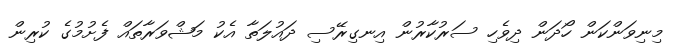
މިނިވަންކަން ހޯދަން ދިވެހި ސަރުކާރުން އިނގިރޭސި ދައުލަތާ އެކު މަޝްވަރާތައް ފެށުމުގެ ކުރިން